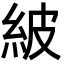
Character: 紴